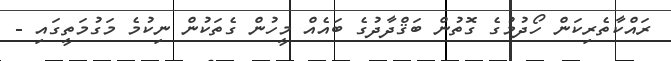
ރައްކާތެރިކަން ހޯދުމުގެ ގޮތުން ބަޤްދާދުގެ ބައެއް މީހުން ގެތަކުން ނިކުމެ މަގުމަތީގައި -